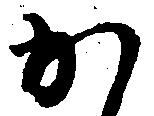
か